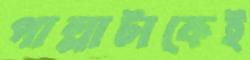
পাল্লাটাকেই